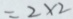
= 2 \times 2